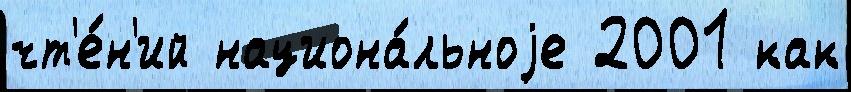
чт'е́н'ий национа́льноjе 2001 как